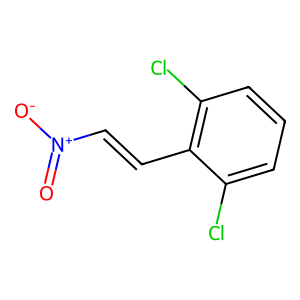
SMILES: O=[N+]([O-])C=Cc1c(Cl)cccc1Cl
Inhibits HIV replication: No